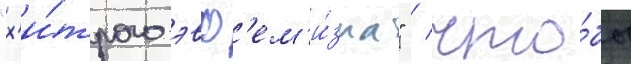
"х'и́трого эвф'ем'и́зма" / что́бы